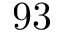
9 3